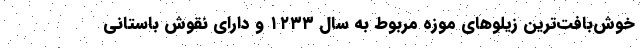
خوش‌بافت‌ترین زیلوهای موزه مربوط به سال ۱۲۳۳ و دارای نقوش باستانی